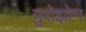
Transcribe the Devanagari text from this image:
युरोझोन